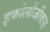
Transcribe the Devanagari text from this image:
इकोलौजीकल